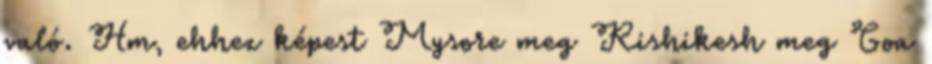
való. Hm, ehhez képest Mysore meg Rishikesh meg Goa